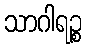
သာဂါရဉ္စ